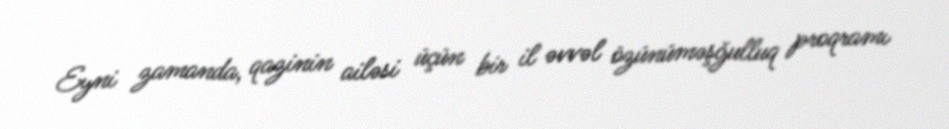
Eyni zamanda, qazinin ailəsi üçün bir il əvvəl özünüməşğulluq proqramı